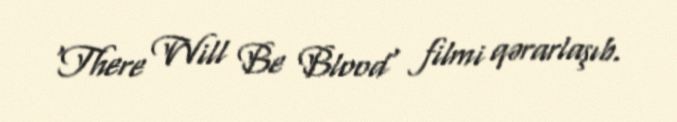
'There Will Be Blood' filmi qərarlaşıb.